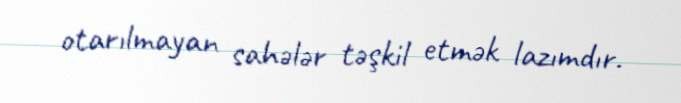
otarılmayan sahələr təşkil etmək lazımdır.